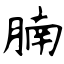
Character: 腩